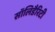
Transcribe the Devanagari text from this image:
सॉलिडैरिटी